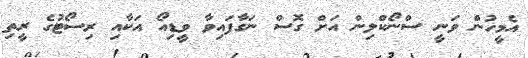
އެމީހުން ވަނީ ސްނޯކްލިން އަށް ގޮސް ނަގާފައިވާ ވީޑިއޯ އަކާއި ރިސޯޓުގެ ރީތި